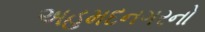
અહમદનગરનો